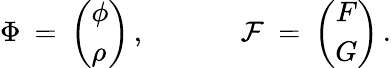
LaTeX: \Phi\: =\: \left(\begin{array}{l}{{\phi}}\\ {{\rho}}\end{array}\right)\, ,\: \: \: \: \: \: \: \: \: \: \: \: \: \: \: \mathcal{F}\: =\: \left(\begin{array}{c}{{F}}\\ {{G}}\end{array}\right)\, .